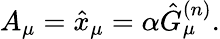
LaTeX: A_{\mu}=\hat{x}_{\mu}=\alpha\hat{G}_{\mu}^{(n)}.